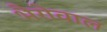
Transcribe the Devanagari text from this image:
भैरोवाल